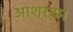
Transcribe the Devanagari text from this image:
आश्रहम